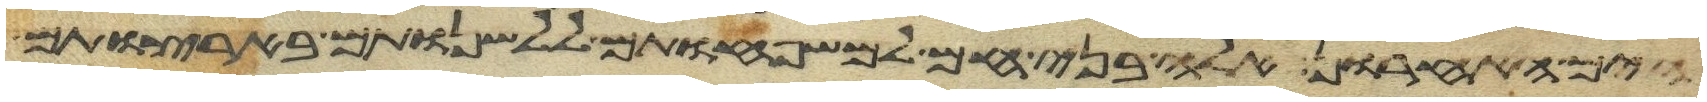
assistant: הים האחרון אלה בני חם למשפחותם ללשנותם בארצותם